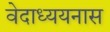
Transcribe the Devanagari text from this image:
वेदाध्ययनास